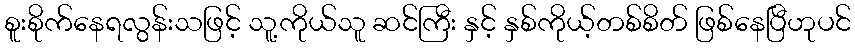
စူးစိုက်နေရလွန်းသဖြင့် သူ့ကိုယ်သူ ဆင်ကြီး နှင့် နှစ်ကိုယ့်တစ်စိတ် ဖြစ်နေပြီဟုပင်